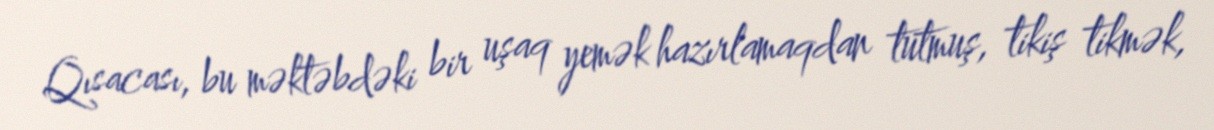
Qısacası, bu məktəbdəki bir uşaq yemək hazırlamaqdan tutmuş, tikiş tikmək,